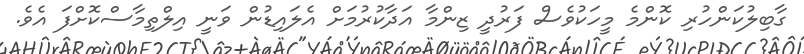
ގާބިލުކަންހުރި ކޮންމެ މީހަކުވެސް ފަރުދީ ޒިންމާ އަދާކުރުމަށް އެލައިޑުން ވަނީ އިލްތިމާސްކޮށްފަ އެވެ.